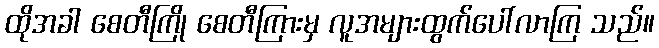
ထိုအခါ စေတီကြို စေတီကြားမှ လူအများထွက်ပေါ်လာကြ သည်။